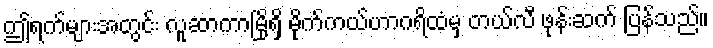
ဤရက်များအတွင်း လူဆာကာမြို့ရှိ မိုက်ကယ်ဟာဂရိထံမှ တယ်လီ ဖုန်းဆက် ပြန်သည်။